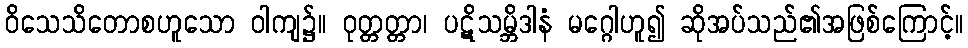
ဝိသေသိတောစဟူသော ဝါကျ၌။ ဝုတ္တတ္တာ၊ ပဋိသမ္ဘိဒါနံ မဂ္ဂေါဟူ၍ ဆိုအပ်သည်၏အဖြစ်ကြောင့်။